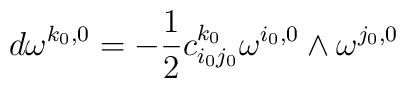
d\omega^{k_{0},0}= -\frac{1}{2} c_{i_{ 0}j_{ 0}}^{k_{ 0}}\omega^{i_{ 0}, 0} \wedge \omega^{j_{ 0}, 0}